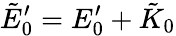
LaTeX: \tilde{E}_{0}^{\prime}=E_{0}^{\prime}+\tilde{K}_{0}